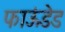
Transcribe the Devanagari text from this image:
फाऊंडेड